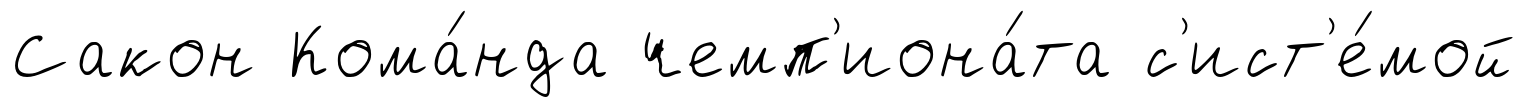
Сакон Кома́нда чемп'иона́та с'ист'е́мой